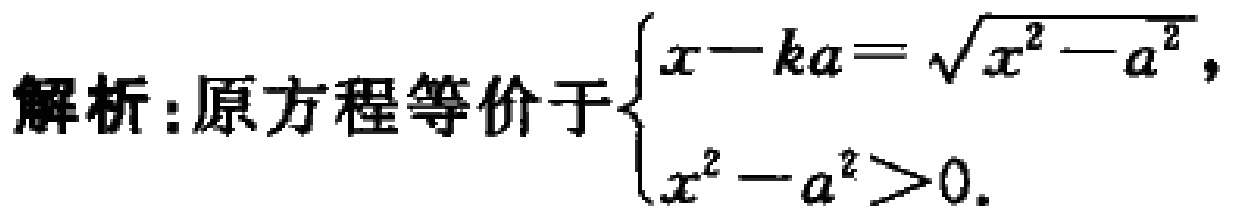
解析：原方程等价于$\begin{cases}x - ka = \sqrt{x^{2} - a^{2}}, \\x^{2} - a^{2} > 0.\end{cases}$